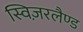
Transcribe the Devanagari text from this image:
स्विज़रलैण्ड